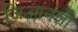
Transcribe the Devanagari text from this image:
जिआनंशी